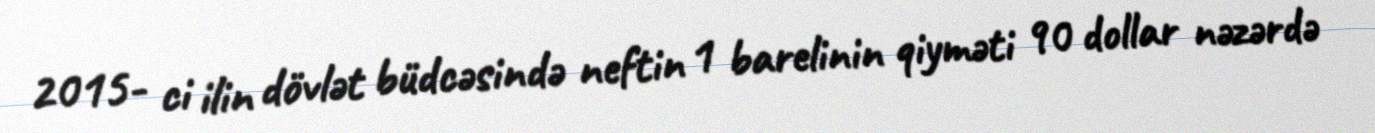
2015- ci ilin dövlət büdcəsində neftin 1 barelinin qiyməti 90 dollar nəzərdə